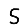
Digit: 5